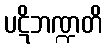
ပဋိဘဏ္ဍတိ